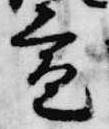
宣